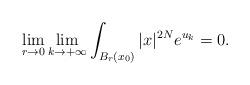
LaTeX: \begin{align*}\lim_{r\to 0}\lim_{k\to +\infty} \int_{B_r(x_0)}\vert x \vert^{2N}e^{u_k}=0.\end{align*}